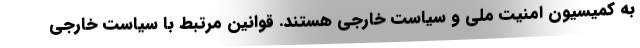
به کمیسیون امنیت ملی و سیاست خارجی هستند. قوانین مرتبط با سیاست خارجی